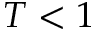
T < 1